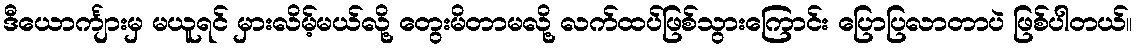
ဒီယောင်္ကျားမှ မယူရင် မှားလိမ့်မယ်လို့ တွေးမိတာမလို့ လက်ထပ်ဖြစ်သွားကြောင်း ပြောပြလာတာပဲ ဖြစ်ပါတယ်။